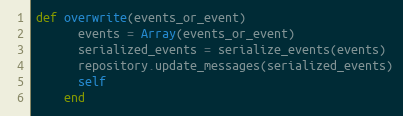
Language: Ruby
def overwrite(events_or_event)
      events = Array(events_or_event)
      serialized_events = serialize_events(events)
      repository.update_messages(serialized_events)
      self
    end